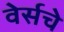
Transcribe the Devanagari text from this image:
वेर्सचे